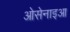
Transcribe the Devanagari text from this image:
ओसेनाइआ